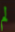
لم